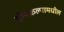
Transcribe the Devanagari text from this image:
द्वीपकल्पामधील